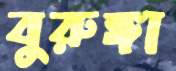
বুরুঙ্গা